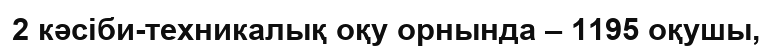
2 кәсіби-техникалық оқу орнында – 1195 оқушы,